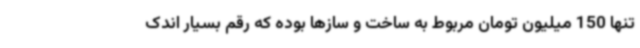
تنها 150 میلیون تومان مربوط به ساخت و سازها بوده که رقم بسیار اندک